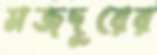
মজদুরের